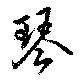
琴